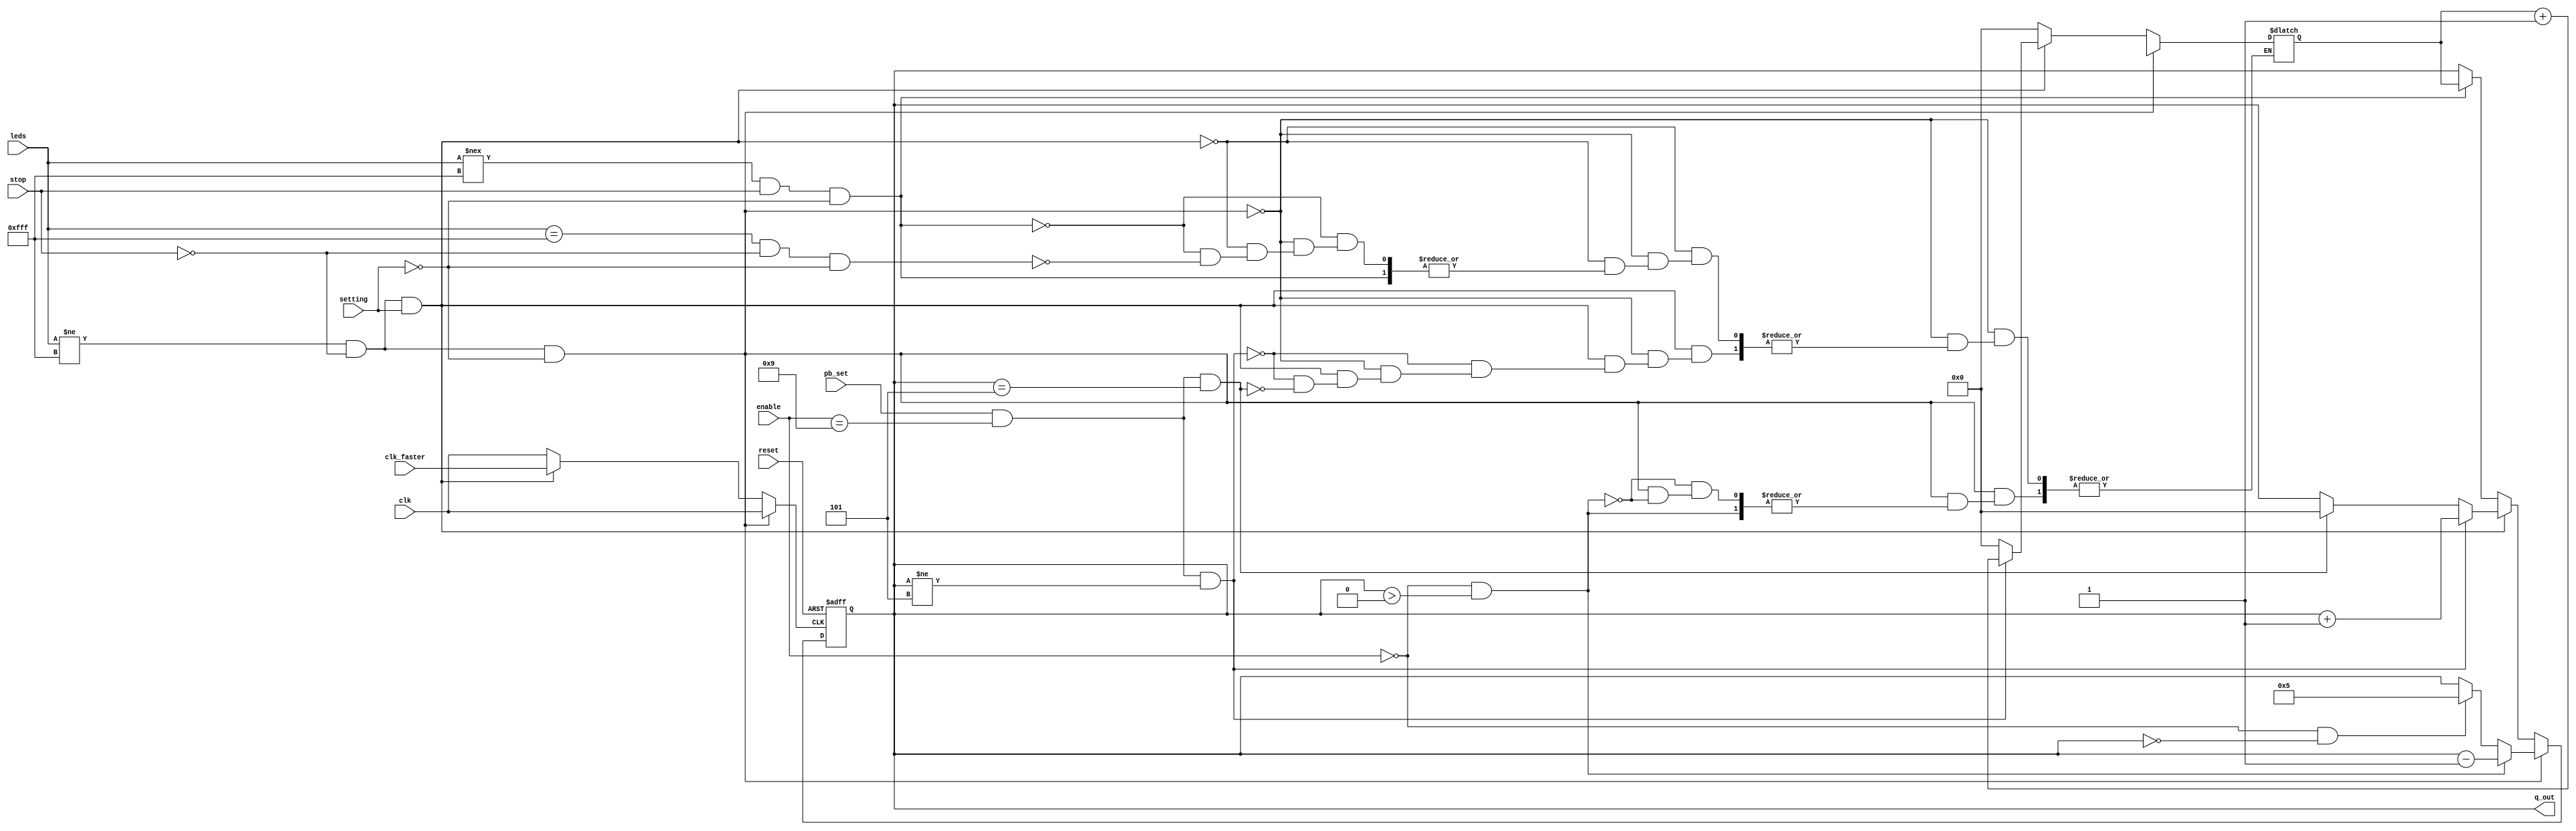
module syndwcnt1_BCD(
    q_out, // counter output
    clk, // global clock
    clk_faster,
    reset, // active low reset
    stop,
    enable,
    pb_set,
    setting,
    leds
);

output [3:0] q_out; // counter output
input clk; // global clock
input clk_faster;
input reset; // active low reset
input stop;
input pb_set;
input setting;
input [3:0] enable;
input [11:0] leds;

reg [3:0] q, q_out, count_temp, num;
reg clk_counter;

always @* begin
if (leds != 12'b111111111111 && ~stop && ~setting) begin
    clk_counter = clk;
    if (enable == 4'd0 && q > 4'd0) begin
        count_temp = q - 1'b1;
        num = num ;
    end
    else if (enable == 4'd0 && q == 4'd0) begin
        count_temp = 4'd5;
        num = num ;
    end
    else begin
        count_temp = q;
        num = num ;
    end
end
else if (leds != 12'b111111111111 && ~stop && setting) begin
    clk_counter = clk_faster;
    if (pb_set && enable == 4'd9 && q != 4'd5) begin
        count_temp = q + 1'b1;
        num = num + 1'b1;
    end
    else if (pb_set && enable == 4'd9 && q == 4'd5) begin
        count_temp = 4'd0;
        num = 1'b0;
    end
    else begin
        count_temp = q;
        num = num ;
    end
end
else if (leds !== 12'b111111111111 && stop && ~setting) begin
    clk_counter = clk;
    count_temp = num;
    num = num;
end
else if (leds == 12'b111111111111 && ~stop && ~setting) begin
    clk_counter = clk;
    count_temp = q;
    num = 0;
end
else begin
    clk_counter = clk;
    count_temp = q;
    num = num ;
end

q_out = q;
end

always @(posedge clk_counter or negedge reset) begin
    if (~reset)
        q <= 4'd0;
    else 
        q <= count_temp;
end
endmodule